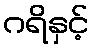
ဂရိနှင့်